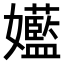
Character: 𫲝